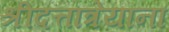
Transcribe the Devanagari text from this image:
श्रीदत्तात्रेयांना